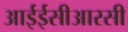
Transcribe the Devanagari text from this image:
आईईसीआरसी